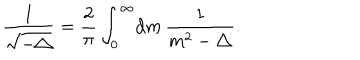
\frac { 1 } { \sqrt { - \triangle } } = \frac { 2 } { \pi } \int _ { 0 } ^ { \infty } \! { { \mathrm d } } m \, \frac { 1 } { m ^ { 2 } - \triangle } .